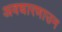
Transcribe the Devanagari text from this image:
अवधारणाउन